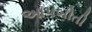
આપબીતી